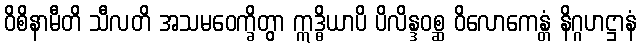
ဝိစိနာမီတိ သီလတိ အသမဝေက္ခိတွာ ဣဒ္ဓိယာပိ ပိလိန္ဒဝစ္ဆ ဝိလောကေန္တံ နိဂ္ဂဟဋ္ဌာနံ